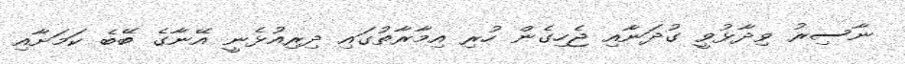
ނާސިރު ވިދާޅުވީ ގުދަނާއި ޖެހިގެން ހުރި އިމާރާތުގައި ދިރިއުޅެނީ އޭނާގެ ބޭބެ ކަމަށާއި